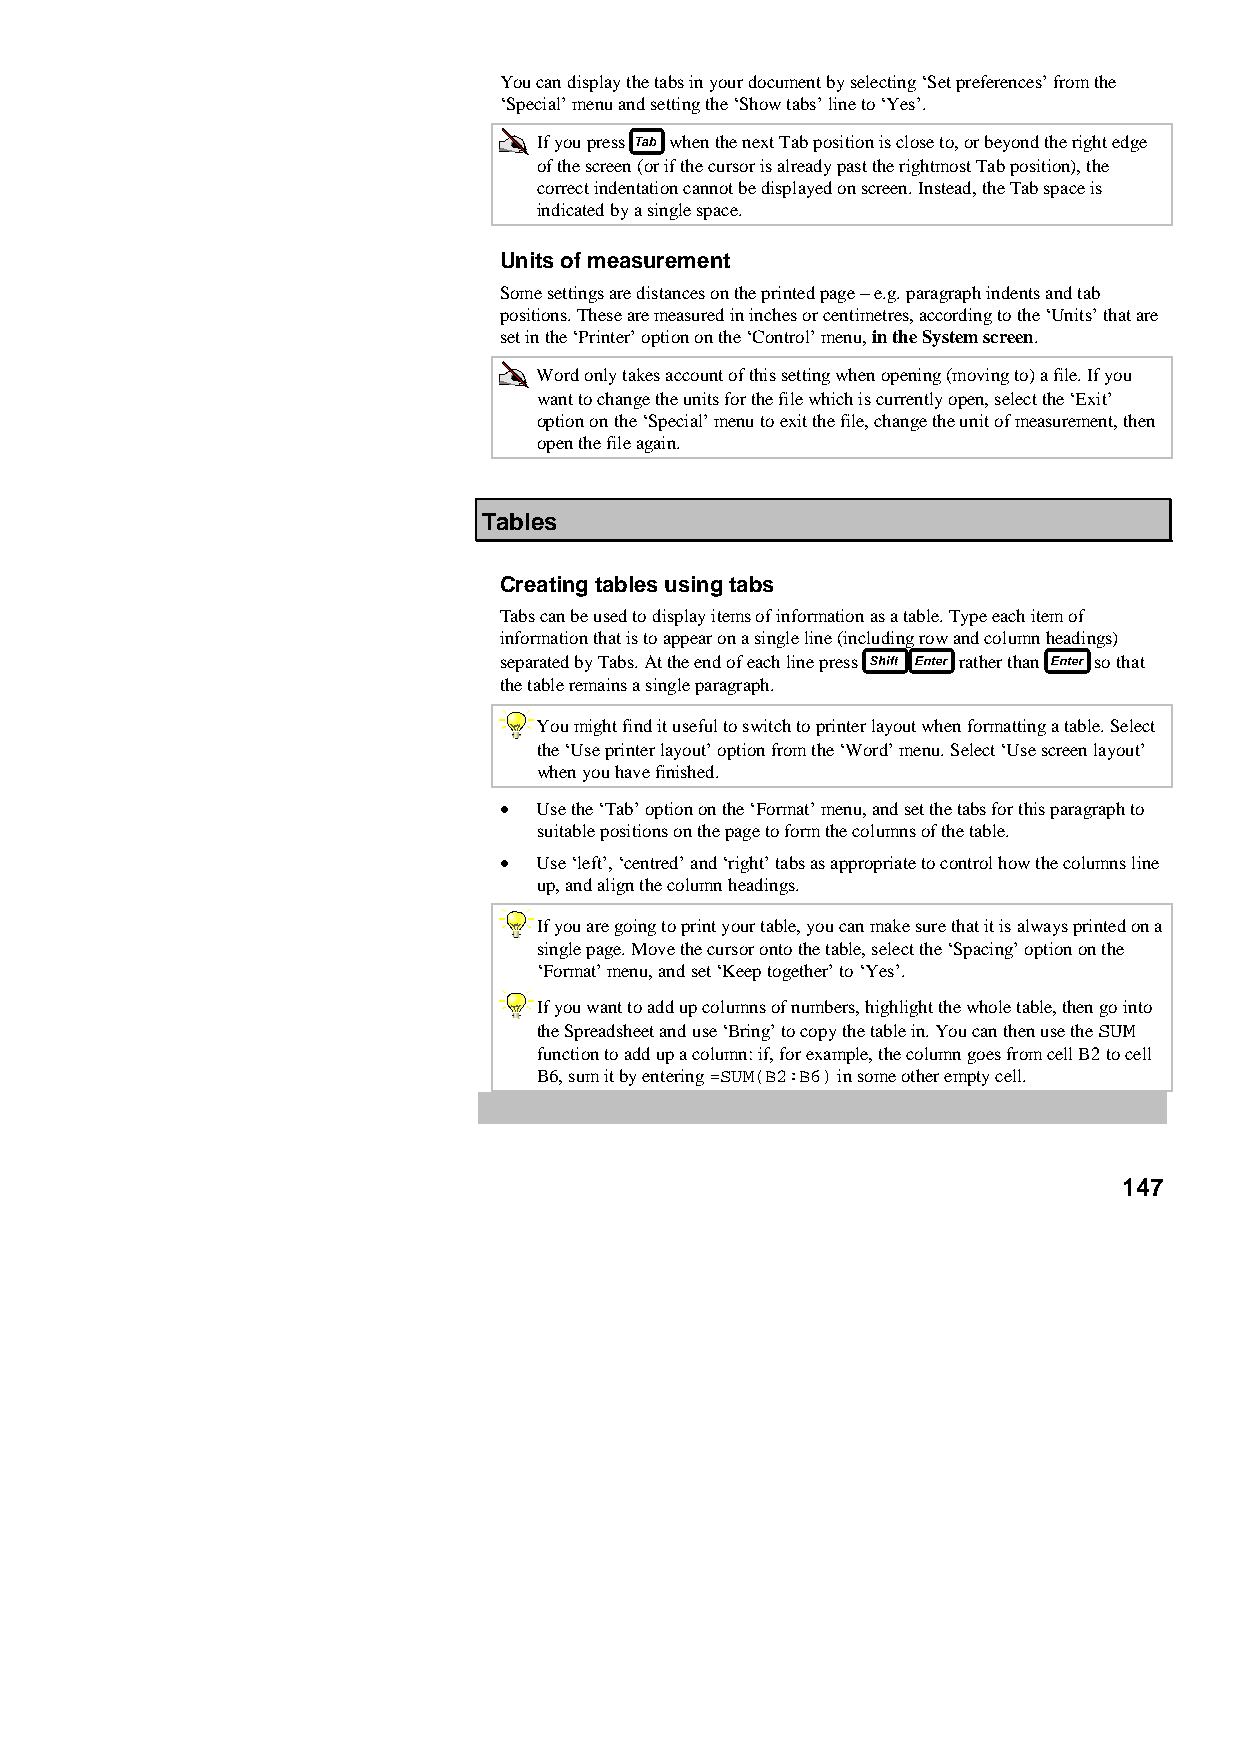
You can display the tabs in your document by selecting ‘Set preferences’ from the
 ‘Special’ menu and setting the ‘Show tabs’ line to ‘Yes’.
 If you press when the next Tab position is close to, or beyond the right edge
 of the screen (or if the cursor is already past the rightmost Tab position), the
 correct indentation cannot be displayed on screen. Instead, the Tab space is
 indicated by a single space.
 Units of measurement
 Some settings are distances on the printed page − e.g. paragraph indents and tab
 positions. These are measured in inches or centimetres, according to the ‘Units’ that are
 set in the ‘Printer’ option on the ‘Control’ menu, in the System screen.
 Word only takes account of this setting when opening (moving to) a file. If you
 want to change the units for the file which is currently open, select the ‘Exit’
 option on the ‘Special’ menu to exit the file, change the unit of measurement, then
 open the file again.
 Tables
 Creating tables using tabs
 Tabs can be used to display items of information as a table. Type each item of
 information that is to appear on a single line (including row and column headings)
 separated by Tabs. At the end of each line press rather than so that
 the table remains a single paragraph.
 You might find it useful to switch to printer layout when formatting a table. Select
 the ‘Use printer layout’ option from the ‘Word’ menu. Select ‘Use screen layout’
 when you have finished.
 •  Use the ‘Tab’ option on the ‘Format’ menu, and set the tabs for this paragraph to
 suitable positions on the page to form the columns of the table.
 •  Use ‘left’, ‘centred’ and ‘right’ tabs as appropriate to control how the columns line
 up, and align the column headings.
 If you are going to print your table, you can make sure that it is always printed on a
 single page. Move the cursor onto the table, select the ‘Spacing’ option on the
 ‘Format’ menu, and set ‘Keep together’ to ‘Yes’.
 If you want to add up columns of numbers, highlight the whole table, then go into
 the Spreadsheet and use ‘Bring’ to copy the table in. You can then use the SUM
 function to add up a column: if, for example, the column goes from cell B2 to cell
 B6, sum it by entering =SUM(B2:B6) in some other empty cell.
 147